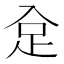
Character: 𧾺